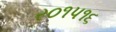
ર૦૧પ૧૬